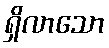
ရှိလာသော